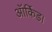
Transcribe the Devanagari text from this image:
ऑर्किड।